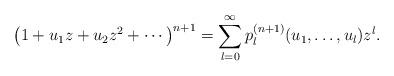
LaTeX: \begin{gather*}\big(1+u_1z+u_2z^2+\cdots\big)^{n+1}=\sum\limits_{l=0}^{\infty}p_l^{(n+1)}(u_1,\dots,u_l)z^l.\end{gather*}